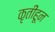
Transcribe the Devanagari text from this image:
कृतींहून